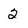
Character: 2